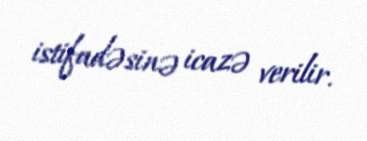
istifadəsinə icazə verilir.